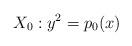
LaTeX: \begin{align*} X_0 : y^2 = p_0 (x)\end{align*}